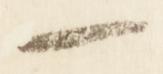
一